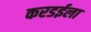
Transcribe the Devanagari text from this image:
करडईला